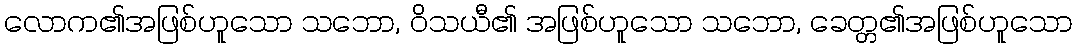
လောက၏အဖြစ်ဟူသော သဘော, ဝိသယီ၏ အဖြစ်ဟူသော သဘော, ခေတ္တ၏အဖြစ်ဟူသော